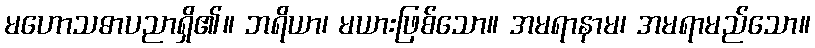
မဟောသဓာပညာရှိ၏။ ဘရိယာ၊ မယားဖြစ်သော။ အမရာနာမ၊ အမရာမည်သော။